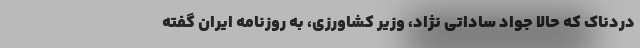
دردناک که حالا جواد ساداتی نژاد، وزیر کشاورزی، به روزنامه ایران گفته